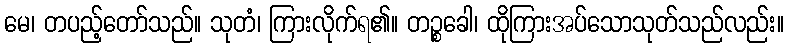
မေ၊ တပည့်တော်သည်။ သုတံ၊ ကြားလိုက်ရ၏။ တဉ္စခေါ၊ ထိုကြားအပ်သောသုတ်သည်လည်း။